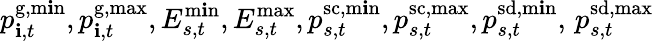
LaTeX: p_{\mathbf{i},t}^{\mathrm{{{g,m\mathbf{i}n}}}},p_{\mathbf{i},t}^{\mathrm{{g,max}}},E_{s,t}^{\mathrm{{{m\mathbf{i}n}}}},E_{s,t}^{\mathrm{{max}}},p_{s,t}^{\mathrm{{{sc,m\mathbf{i}n}}}},p_{s,t}^{\mathrm{{sc,max}}},p_{s,t}^{\mathrm{{{sd,m\mathbf{i}n}}}},\, p_{s,t}^{\mathrm{{sd,max}}}